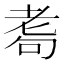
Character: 耈